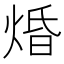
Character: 焝